Vaccination in Bombay 1889-1901 - 1889-1901
Year: 1889
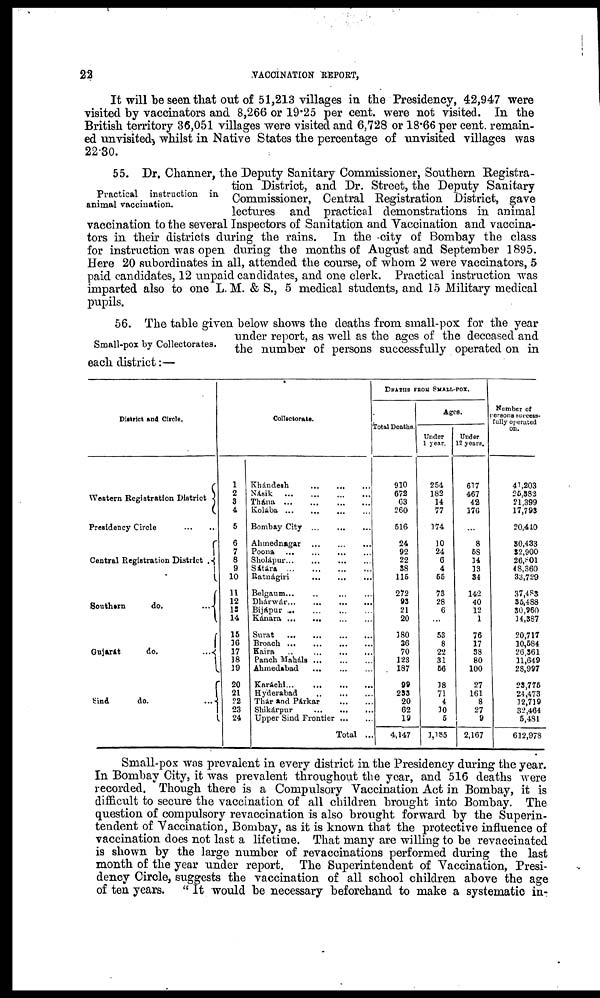
22
VACCINATION REPORT,
It will be seen that out of 51,213 villages in the Presidency, 42,947 were
visited by vaccinators and 8,266 or 19.25 per cent. were not visited. In the
British territory 36,051 villages were visited and 6,728 or 18.66 per cent. remain-
ed unvisited, whilst in Native States the percentage of unvisited villages was
22.30.
Practical instruction in
animal vaccination.
55. Dr. Channer, the Deputy Sanitary Commissioner, Southern Registra-
tion District, and Dr. Street, the Deputy Sanitary
Commissioner, Central Registration District, gave
lectures and practical demonstrations in animal
vaccination to the several Inspectors of Sanitation and Vaccination and vaccina-
tors in their districts during the rains. In the city of Bombay the class
for instruction was open during the months of August and September 1895.
Here 20 subordinates in all, attended the course, of whom 2 were vaccinators, 5
paid candidates, 12 unpaid candidates, and one clerk. Practical instruction was
imparted also to one L. M. & S., 5 medical students, and 15 Military medical
pupils.
Small-pox by Collectorates.
56. The table given below shows the deaths from small-pox for the year
under report, as well as the ages of the deceased and
the number of persons successfully operated on in
each district:—
District and Circle.
Western Registration District
Presidency Circle
...
...
Central Registration District .
Southern
do.
...
Gujarát
do.
...
Sind
do.
...
Collectorate.
1
2
3
4
5
6
7
6
9
10
11
12
13
14
15
16
17
18
19
20
21
22
23
24
Khándesh
...
...
...
Násik
...
...
...
...
Thána
...
...
...
...
Kolába
...
...
...
...
Bombay City
...
...
...
Ahmednagar
...
...
...
Poona ... ... ... ...
Sholápur
...
...
...
...
Sátara
...
...
...
...
Ratnágiri ... ... ... ...
Belgaum... ... ... ...
Dhárwar...
...
...
...
Bijápur
...
...
...
...
Kánara ... ... ... ...
Surat
...
...
...
...
Broach
...
...
...
...
Kaira
...
...
...
...
Panch Maháls
...
...
...
Ahmedabad
...
...
Karáchi
...
...
...
...
Hyderabad
...
...
...
Thár and Párkar
...
...
Shikárpur
...
...
...
Upper Sind Frontier
...
...
Total ...
DEATHS FROM SMALL-POX.
Total Deaths.
910
672
63
260
516
24
92
22
38
115
272
93
21
20
180
36
70
123
187
99
233
20
62
19
4,147
Ages.
Under
1 year.
254
182
14
77
174
10
24
6
4
55
73
28
6
...
53
8
22
31
56
18
71
4
10
5
1,185
Under
12 years.
617
467
42
176
...
8
58
14
13
34
142
40
12
1
76
17
88
80
100
27
161
8
27
9
2,167
Number of
persons success-
fully operated
on.
41,203
25,382
21,399
17,793
20,440
30,433
32,900
26,801
48,360
33,729
37,483
35,488
30,960
14,387
20,717
10,584
26,361
11,649
28,997
23,775
24,473
12,719
32,464
5,481
612,978
Small-pox was prevalent in every district in the Presidency during the year.
In Bombay City, it was prevalent throughout the year, and 516 deaths were
recorded. Though there is a Compulsory Vaccination Act in Bombay, it is
difficult to secure the vaccination of all children brought into Bombay. The
question of compulsory revaccination is also brought forward by the Superin-
tendent of Vaccination, Bombay, as it is known that the protective influence of
vaccination does not last a lifetime. That many are willing to be revaccinated
is shown by the large number of revaccinations performed during the last
month of the year under report. The Superintendent of Vaccination, Presi-
dency Circle, suggests the vaccination of all school children above the age
of ten years. " It would be necessary beforehand to make a systematic in-